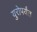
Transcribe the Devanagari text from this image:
युरोपर्यंत